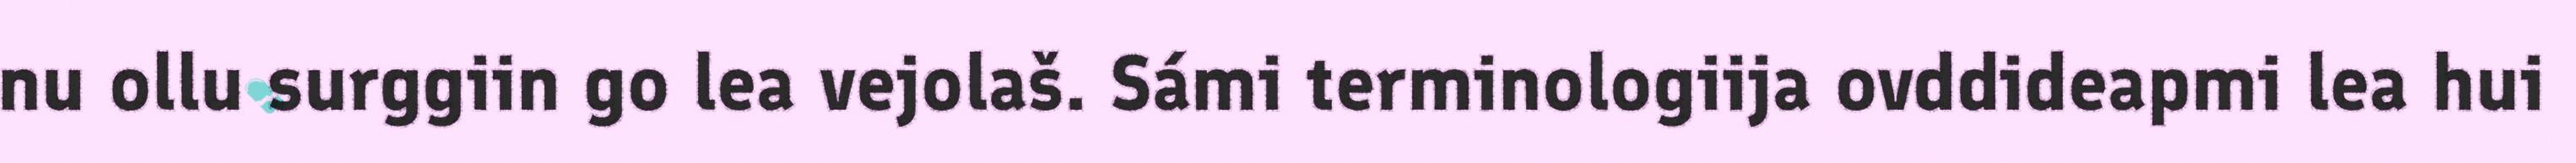
nu ollu surggiin go lea vejolaš. Sámi terminologiija ovddideapmi lea hui